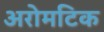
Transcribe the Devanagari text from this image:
अरोमटिक